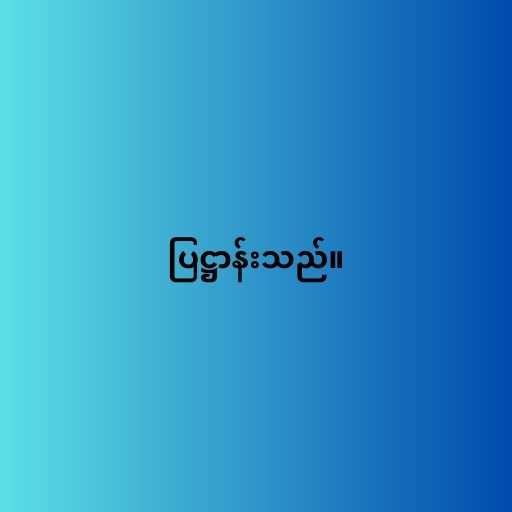
ပြဋ္ဌာန်းသည်။